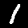
Label: 1